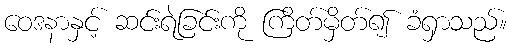
ဝေဒနာနှင့် ဆင်းရဲခြင်းကို ကြိတ်မှိတ်၍ ခံရှာသည်။